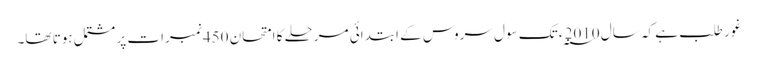
غور طلب ہے کہ سال 2010 ؁ء تک سول سروس کے ابتدائی مرحلے کا امتحان 450 نمبرات پر مشتمل ہوتا تھا۔